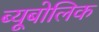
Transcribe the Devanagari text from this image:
ब्यूबोलिक